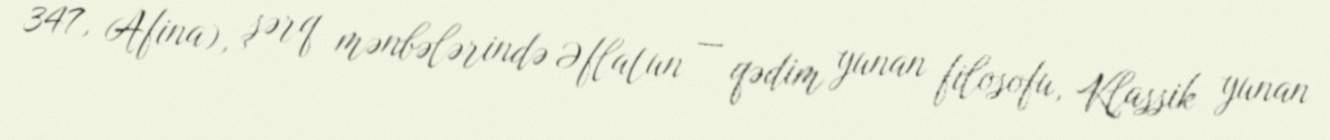
347, Afina), şərq mənbələrində Əflatun — qədim yunan filosofu, Klassik yunan